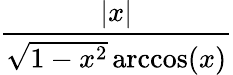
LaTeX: \frac{|x|}{{\sqrt{1-x^{2}}}\operatorname{arccos}(x)}